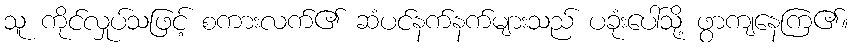
သူ ကိုင်လှုပ်သဖြင့် စကားလက်၏ ဆံပင်နက်နက်များသည် ပခုံးပေါ်သို့ ဖွာကျနေကြ၏။